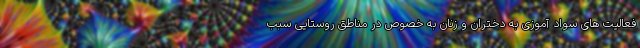
فعالیت های سواد آموزی به دختران و زنان به خصوص در مناطق روستایی سبب